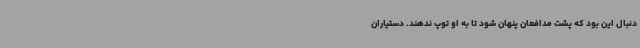
دنبال این بود که پشت مدافعان پنهان شود تا به او توپ ندهند. دستیاران